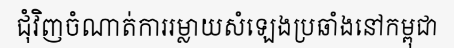
ជុំវិញចំណាត់ការរម្លាយសំឡេងប្រឆាំងនៅកម្ពុជា